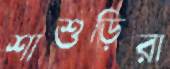
শাশুড়িরা